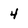
Character: 4